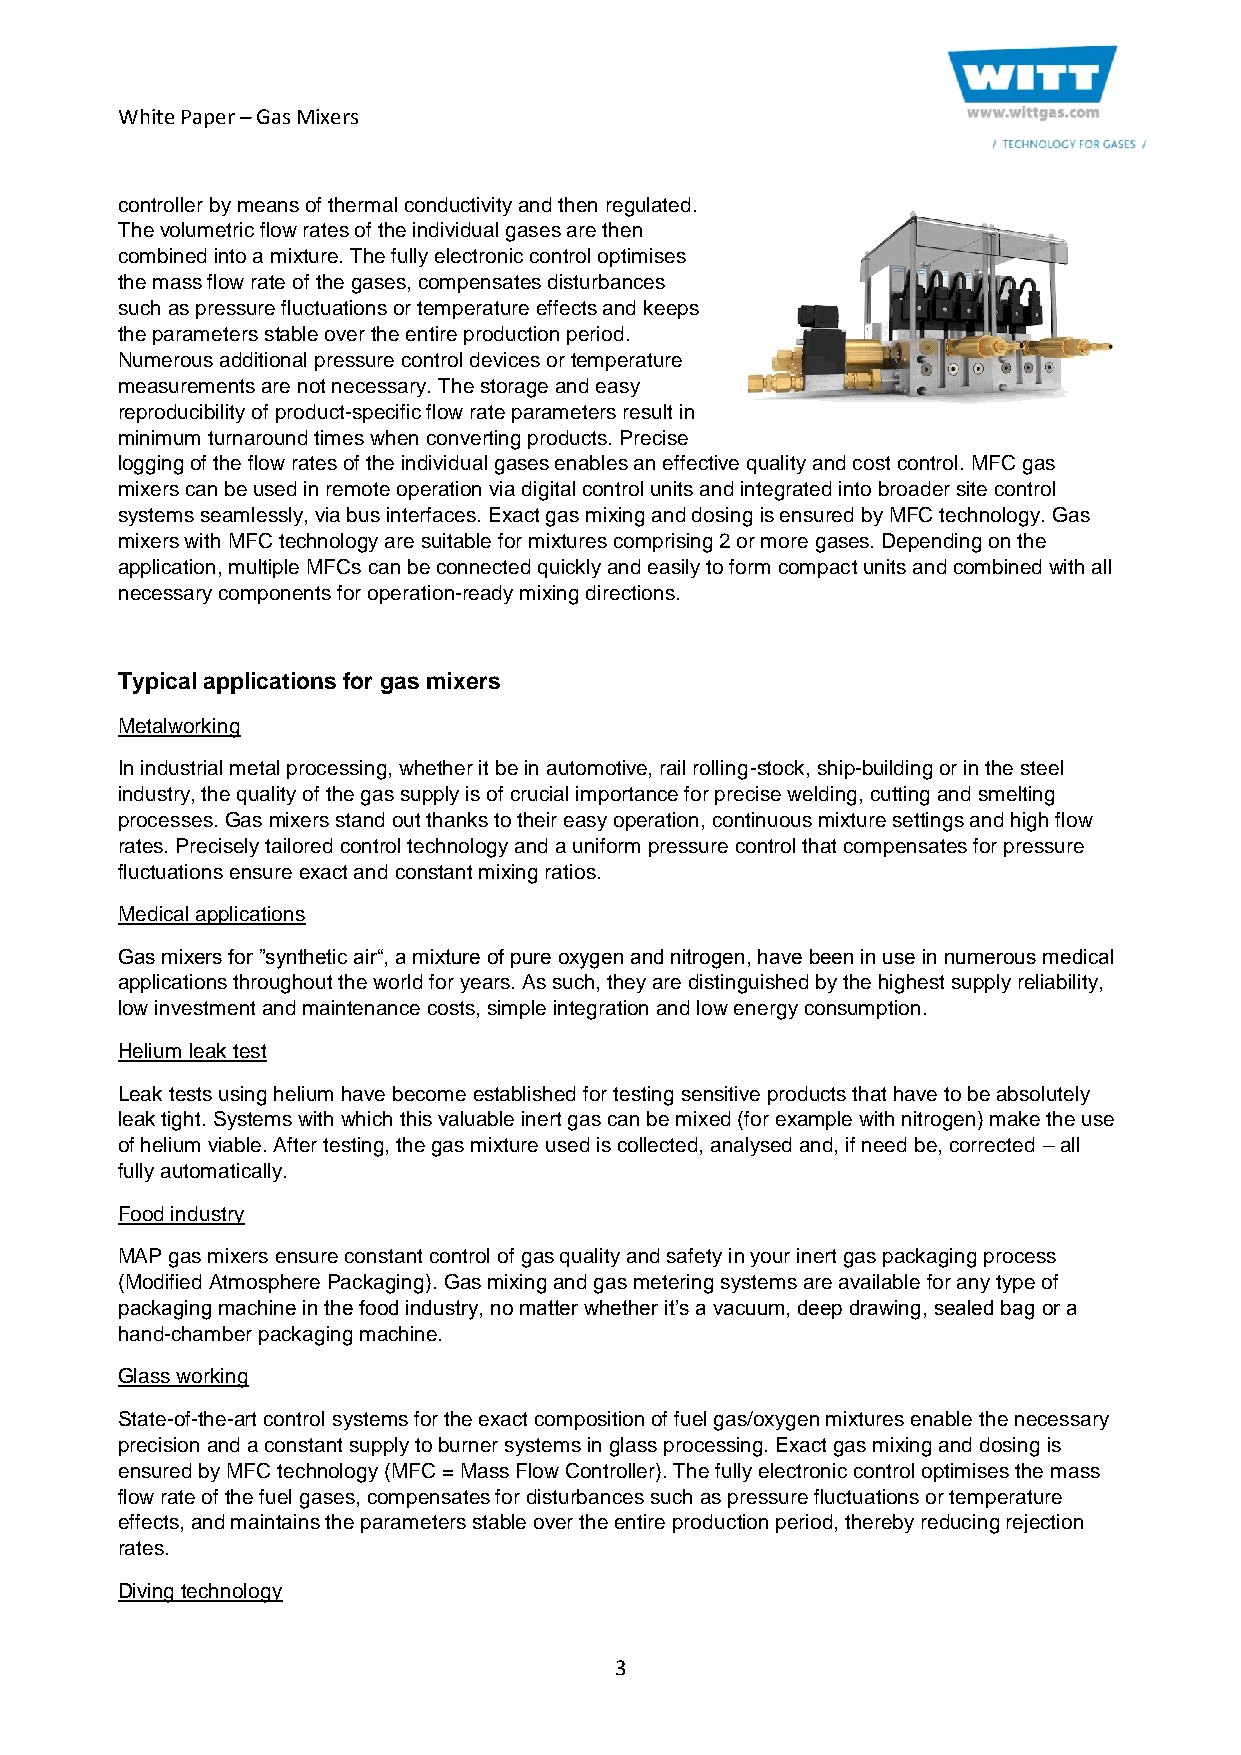
White Paper – Gas Mixers
 controller by means of thermal conductivity and then regulated.
 The volumetric flow rates of the individual gases are then
 combined into a mixture. The fully electronic control optimises
 the mass flow rate of the gases, compensates disturbances
 such as pressure fluctuations or temperature effects and keeps
 the parameters stable over the entire production period.
 Numerous additional pressure control devices or temperature
 measurements are not necessary. The storage and easy
 reproducibility of product-specific flow rate parameters result in
 minimum turnaround times when converting products. Precise
 logging of the flow rates of the individual gases enables an effective quality and cost control. MFC gas
 mixers can be used in remote operation via digital control units and integrated into broader site control
 systems seamlessly, via bus interfaces. Exact gas mixing and dosing is ensured by MFC technology. Gas
 mixers with MFC technology are suitable for mixtures comprising 2 or more gases. Depending on the
 application, multiple MFCs can be connected quickly and easily to form compact units and combined with all
 necessary components for operation-ready mixing directions.
 Typical applications for gas mixers
 Metalworking
 In industrial metal processing, whether it be in automotive, rail rolling-stock, ship-building or in the steel
 industry, the quality of the gas supply is of crucial importance for precise welding, cutting and smelting
 processes. Gas mixers stand out thanks to their easy operation, continuous mixture settings and high flow
 rates. Precisely tailored control technology and a uniform pressure control that compensates for pressure
 fluctuations ensure exact and constant mixing ratios.
 Medical applications
 Gas mixers for ”synthetic air“, a mixture of pure oxygen and nitrogen, have been in use in numerous medical
 applications throughout the world for years. As such, they are distinguished by the highest supply reliability,
 low investment and maintenance costs, simple integration and low energy consumption.
 Helium leak test
 Leak tests using helium have become established for testing sensitive products that have to be absolutely
 leak tight. Systems with which this valuable inert gas can be mixed (for example with nitrogen) make the use
 of helium viable. After testing, the gas mixture used is collected, analysed and, if need be, corrected – all
 fully automatically.
 Food industry
 MAP gas mixers ensure constant control of gas quality and safety in your inert gas packaging process
 (Modified Atmosphere Packaging). Gas mixing and gas metering systems are available for any type of
 packaging machine in the food industry, no matter whether it’s a vacuum, deep drawing, sealed bag or a
 hand-chamber packaging machine.
 Glass working
 State-of-the-art control systems for the exact composition of fuel gas/oxygen mixtures enable the necessary
 precision and a constant supply to burner systems in glass processing. Exact gas mixing and dosing is
 ensured by MFC technology (MFC = Mass Flow Controller). The fully electronic control optimises the mass
 flow rate of the fuel gases, compensates for disturbances such as pressure fluctuations or temperature
 effects, and maintains the parameters stable over the entire production period, thereby reducing rejection
 rates.
 Diving technology
 3